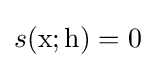
s(\mathrm {x} ;\mathrm {h} )=0